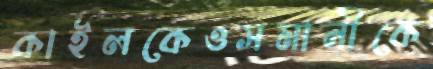
কাইলকেওসমানীকে